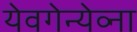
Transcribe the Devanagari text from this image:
येवगेन्येव्ना